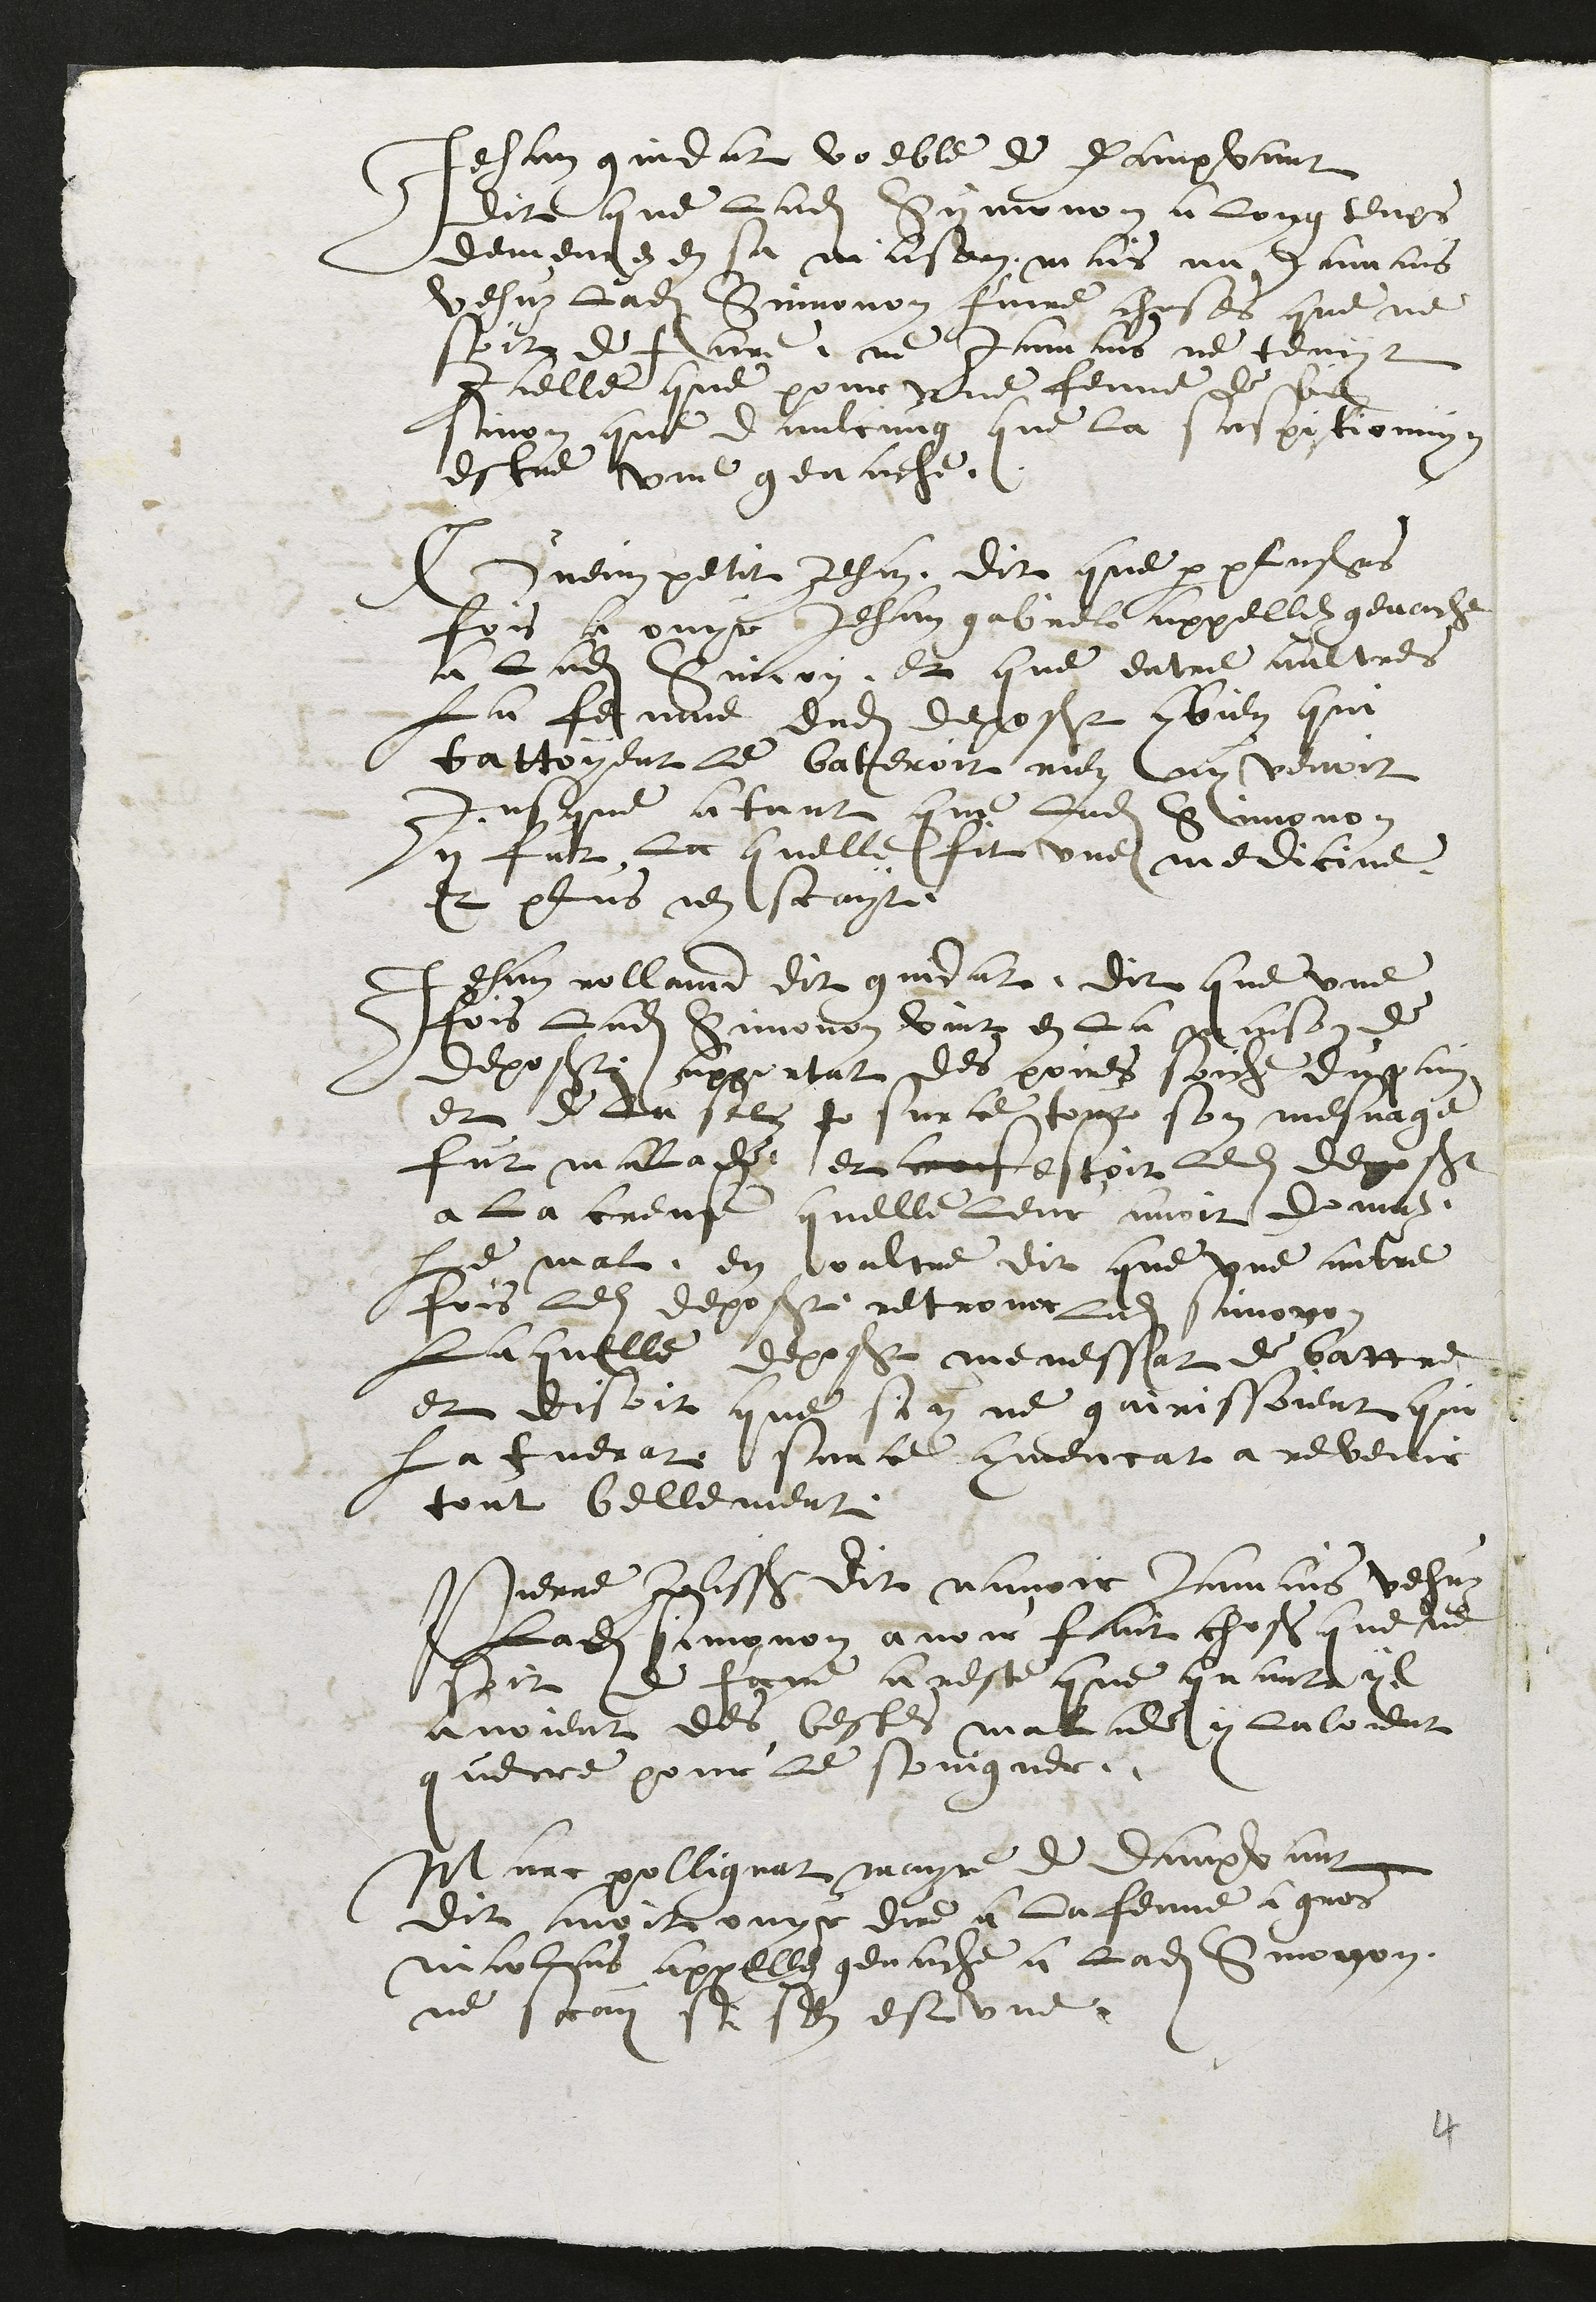
Jehan gindat voeble de Dampvant
dit que ladite Symonon a long temps
demeurez en sa maison mais na jamais
vehuz Ladite Simonon faire choses que ne
soit de faire, ne Jamais ne tenyr
Icelle que pour une femme de bien
sinon que daulcung que la suspitionnent
estre une genache.
Guenin petit Jehan, dit que par plusieurs
fois a ouyr Jehan gabriel appellez genache
a ladite Simon, et que entre aultres
La femme dudit deposant combien qui
battoyent le bateroit rien ny venoit
jusque a tant que Ladite Simonon
y fut la quelle fit une medicine
et plus nen scayt.
Jehan rolland dit gindat, dit que une
fois ladite Simonon vint en La maison de
deposant, apportat des poires soiches du pain
et de leur sel to sur ce tout son mesnage
fut malade et confestoit ledit deposant
a la creanse quelle leur avoir donnez
Le mal, en oultre dit que une autre
fois ledit deposant retrover ladite simonon
Laquelle deposant menassat de battre
et disoit que si y ne gairissoient qui
la tuerat surce commencat a revenir
tout bellement
Pierre Jolissaint dit navoir Jamais vehuz
ladite Simonon avoir fait choses que ne
soit de faire a reste que quant yl
avoient des bestes malade y laloient
querre pour le soingner.
Marc pollignat mayre de dampvant
dit avoir ouyr dire a la femme a gros
nicolas appeller genache a ladite Simonon
ne scay si sen est une.